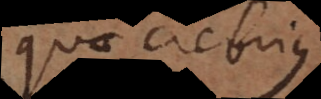
quae crebrius